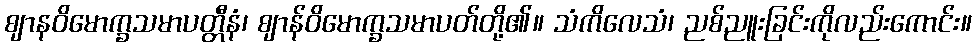
ဈာနဝိမောက္ခသမာပတ္တီနံ၊ ဈာန်ဝိမောက္ခသမာပတ်တို့၏။ သံကိလေသံ၊ ညစ်ညူးခြင်းကိုလည်းကောင်း။